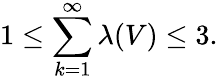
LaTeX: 1\leq\sum_{k=1}^{\infty}\lambda(V)\leq 3.